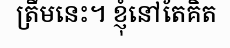
ត្រឹមនេះ។ ខ្ញុំនៅតែគិត